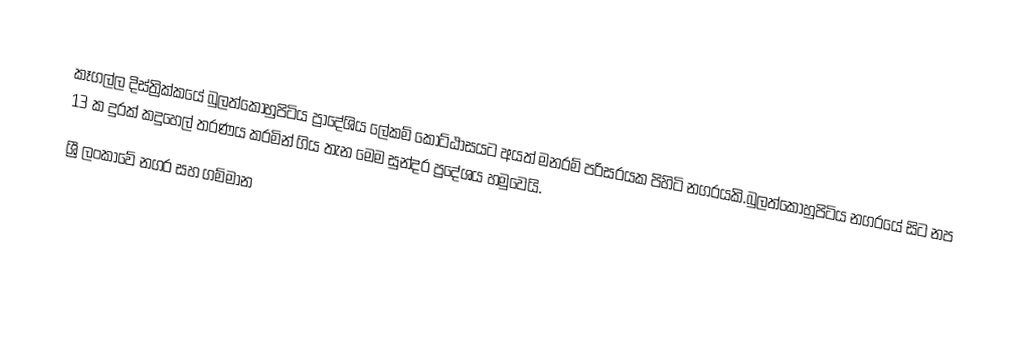
කෑගල්ල දිස්ත්‍රික්කයේ බුලත්කොහුපිටිය ප්‍රාදේශිය ලේකම් කොට්ඨාසයට අයත් මනරම් පරිසරයක පිහිටි නගරයකි.බුලත්කොහුපිටිය නගරයේ සිට නප 13 ක දුරක් කදුහෙල් තරණය කරමින් ගිය තැන මෙම සුන්දර ප්‍රදේශය හමුවෙයි.
ශ්‍රී ලංකාවේ නගර සහ ගම්මාන